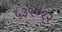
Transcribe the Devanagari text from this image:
५३९०१२